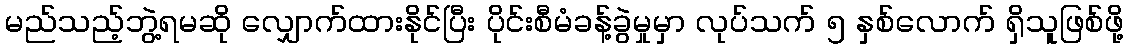
မည်သည့်ဘွဲ့ရမဆို လျှောက်ထားနိုင်ပြီး ပိုင်းစီမံခန့်ခွဲမှုမှာ လုပ်သက် ၅ နှစ်လောက် ရှိသူဖြစ်ဖို့